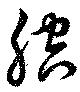
腔